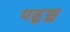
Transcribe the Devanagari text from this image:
पहुञ्च